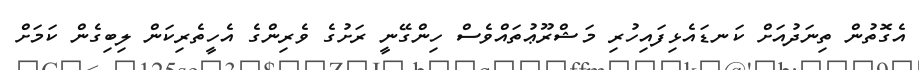
އެގޮތުން ތިނަދުއަށް ކަނޑައެޅިފައިހުރި މަޝްރޫޢުތައްވެސް ހިންގޭނީ ރަށުގެ ވެރިންގެ އެހީތެރިކަން ލިބިގެން ކަމަށް